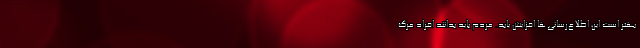
بهتر است این اطلاع‌رسانی‌ها افزایش یابد. مردم باید بدانند افراد مرگ